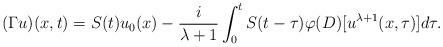
LaTeX: \begin{align*}(\Gamma u)(x,t)=S(t)u_{0}(x)-\frac{i}{\lambda+1}\int_{0}^{t}S(t-\tau )\varphi(D)[u^{\lambda+1}(x,\tau)] d\tau.\end{align*}